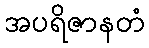
အပရိဇာနတံ